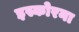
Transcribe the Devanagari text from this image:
इस्कोरना